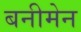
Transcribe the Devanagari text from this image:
बनीमेन